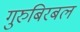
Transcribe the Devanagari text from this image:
गुरुबिरबल